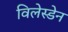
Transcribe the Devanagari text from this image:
विलेस्डेन